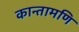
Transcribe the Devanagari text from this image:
कान्तामणि